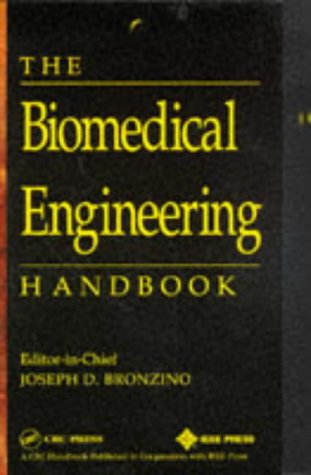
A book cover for The Biomedical Engineering Handbook (Electrical Engineering Handbook); Joseph D. Bronzino; Medical Books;